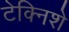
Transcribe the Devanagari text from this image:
टेक्निशे